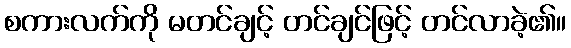
စကားလက်ကို မတင်ချင့် တင်ချင်ဖြင့် တင်လာခဲ့၏။